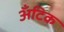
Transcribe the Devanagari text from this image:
अँटिक